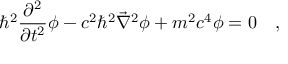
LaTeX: \hbar ^ { 2 } \frac { \partial ^ { 2 } } { \partial t ^ { 2 } } \phi - c ^ { 2 } \hbar ^ { 2 } \vec { \nabla } ^ { 2 } \phi + m ^ { 2 } c ^ { 4 } \phi = 0 \quad ,